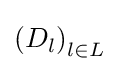
\left(D_{l}\right)_{l\in L}